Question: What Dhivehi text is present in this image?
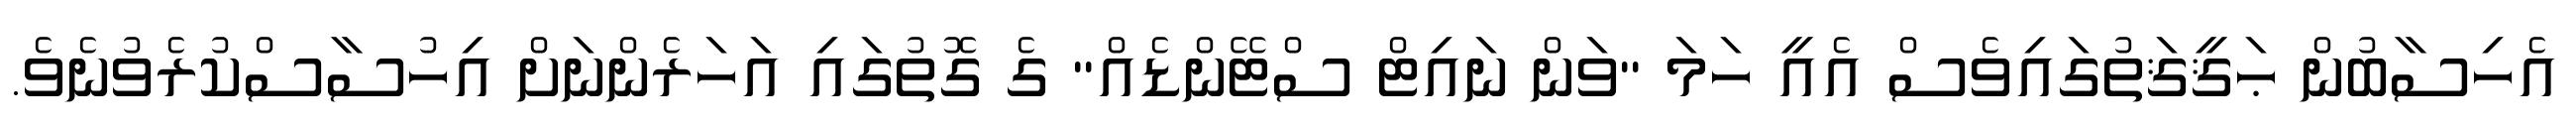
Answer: އެހިސާބުން ޙަޤީޤަތުގައިވެސް އެއީ ހަމަ "ވަން ނައިޓް ސްޓޭންޑެއް" ގެ ގޮތުގައި އަހަރެންނަށް އިހުސާސްކުރެވުނެވެ.